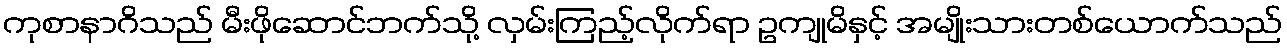
ကုစာနာဂိသည် မီးဖိုဆောင်ဘက်သို့ လှမ်းကြည့်လိုက်ရာ ဥကျုမိနှင့် အမျိုးသားတစ်ယောက်သည်